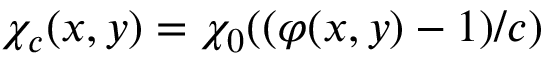
\chi _ { c } ( x , y ) = \chi _ { 0 } ( ( \varphi ( x , y ) - 1 ) / c )